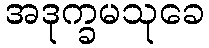
အဒုက္ခမသုခေ